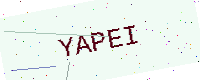
Text: YAPEI